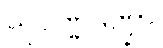
သုဝဏ္ဏဒဏ္ဍာ